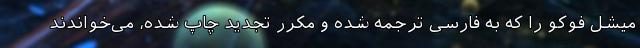
میشل فوکو را که به فارسی ترجمه شده و مکرر تجدید چاپ شده، می‌خواندند